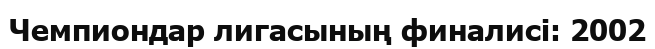
Чемпиондар лигасының финалисі: 2002